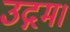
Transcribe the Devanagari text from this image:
उद्गम।